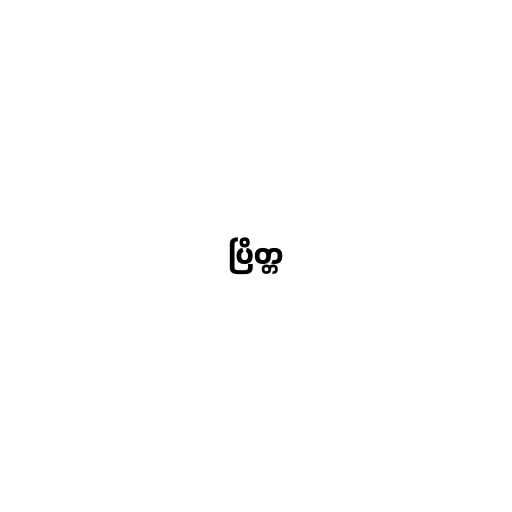
ပြိတ္တ